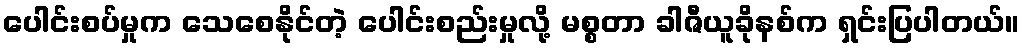
ပေါင်းစပ်မှုက သေစေနိုင်တဲ့ ပေါင်းစည်းမှုလို့ မစ္စတာ ခါဇီယူခိုနစ်က ရှင်းပြပါတယ်။